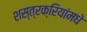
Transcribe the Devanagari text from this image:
शस्त्रक्रियांमधे